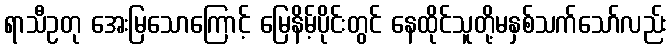
ရာသီဥတု အေးမြသောကြောင့် မြေနိမ့်ပိုင်းတွင် နေထိုင်သူတို့မနှစ်သက်သော်လည်း